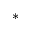
^ \ast